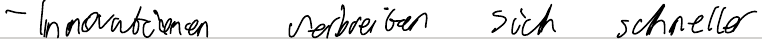
- Innovationen verbreiten sich schneller